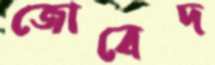
জোবেদ